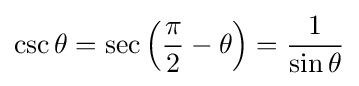
\csc \theta =\sec \left({\frac {\pi }{2}}-\theta \right)={\frac {1}{\sin \theta }}